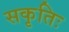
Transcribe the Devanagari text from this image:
सकृतिः